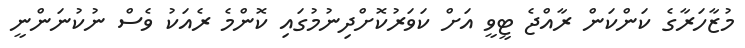
މުޒާހަރާގެ ކަންކަން ރާއްޖެ ޓީވީ އަށް ކަވަރުކޮށްދިނުމުގައި ކޮންމެ ރެއަކު ވެސް ނުކުނަންނީ